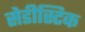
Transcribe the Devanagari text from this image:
सेडीस्टिक